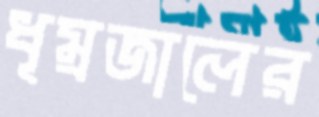
ধূম্রজালের